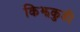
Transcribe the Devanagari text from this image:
किझकुडी